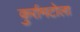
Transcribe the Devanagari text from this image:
कुर्रामटोला